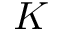
K